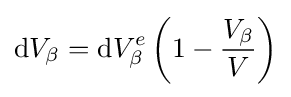
\mathrm {d} V_{\beta }=\mathrm {d} V_{\beta }^{e}\left(1-{\frac {V_{\beta }}{V}}\right)